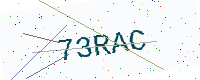
Text: 73RAC